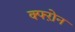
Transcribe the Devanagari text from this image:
क्फ्ऱोन